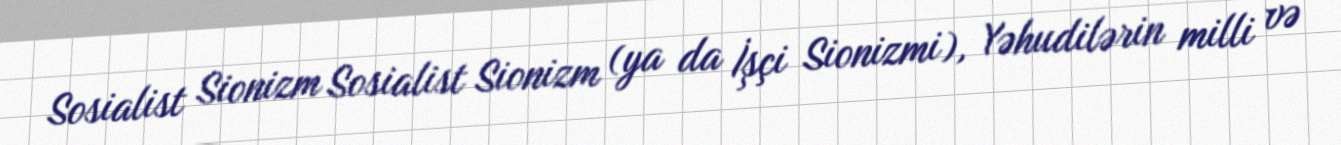
Sosialist Sionizm Sosialist Sionizm (ya da İşçi Sionizmi), Yəhudilərin milli və